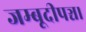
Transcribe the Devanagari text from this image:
जम्बूदीपञ्च।